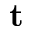
\textbf { t }